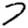
Digit: 7